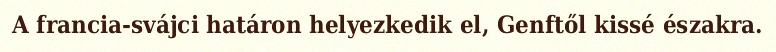
A francia-svájci határon helyezkedik el, Genftől kissé északra.